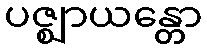
ပဇ္ဈာယန္တော